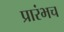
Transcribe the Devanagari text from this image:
प्रारंभच